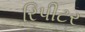
રિપીટર